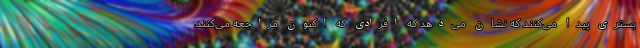
بستری پیدا می‌کنند که نشان می‌دهد که افرادی که اکنون مراجعه می‌کنند،